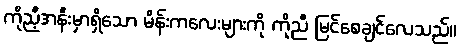
ကိုညီ့အနီးမှာရှိသော မိန်းကလေးများကို ကိုညီ မြင်စေချင်လေသည်။